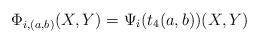
LaTeX: \begin{align*}\Phi_{i,(a,b)}(X,Y)= \Psi_i(t_4(a,b))(X,Y) \end{align*}